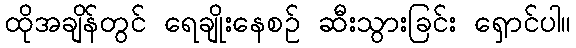
ထိုအချိန်တွင် ရေချိုးနေစဉ် ဆီးသွားခြင်း ရှောင်ပါ။